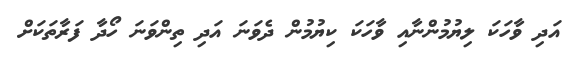
އަދި ވާހަކަ ލިޔުމުންނާއި ވާހަކަ ކިޔުމުން ދެވަނަ އަދި ތިންވަނަ ހޯދާ ފަރާތަކަށް